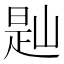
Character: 𡺔